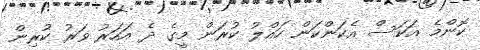
ކޮންމެ އަކަސް އެކަންކަން ހައްލު ކުރަން މީގެ ދެ އަހަރު ވަރު ކުރިން